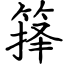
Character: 箨